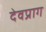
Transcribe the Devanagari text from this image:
देवप्राग